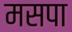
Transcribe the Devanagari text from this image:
मसपा